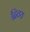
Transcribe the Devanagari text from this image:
द्वितय